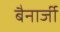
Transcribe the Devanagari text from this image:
बैनार्जी